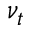
\nu _ { t }